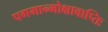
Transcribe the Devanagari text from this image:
पगमान्मोक्षावाप्तिः